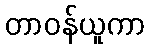
တာဝန်ယူကာ